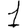
Digit: 1